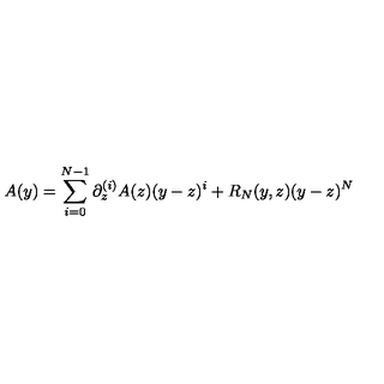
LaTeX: A ( y ) = \sum _ { i = 0 } ^ { N - 1 } \partial _ { z } ^ { ( i ) } A ( z ) ( y - z ) ^ { i } + R _ { N } ( y , z ) ( y - z ) ^ { N }